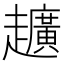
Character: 𮛀